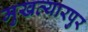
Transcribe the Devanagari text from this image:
मुखत्यारपुर